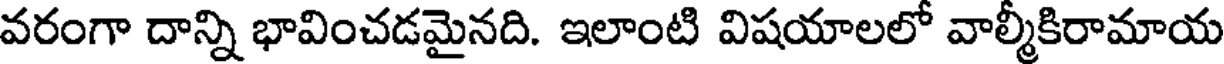
వరంగా దాన్ని భావించడమైనది. ఇలాంటి విషయాలలో వాల్మీకిరామాయ